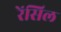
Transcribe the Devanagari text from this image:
रेंसिल